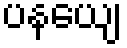
ပနယျေ